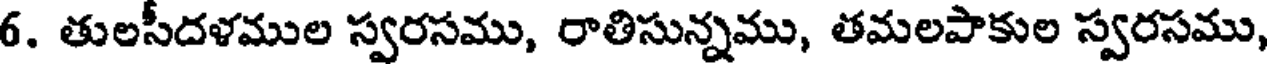
6. తులసీదళముల స్వరసము, రాతిసున్నము, తమలపాకుల స్వరసము,